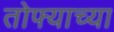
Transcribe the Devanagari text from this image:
तोफ्याच्या